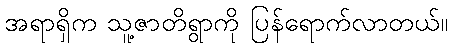
အရာရှိက သူ့ဇာတိရွာကို ပြန်ရောက်လာတယ်။